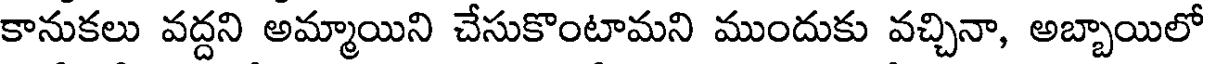
కానుకలు వద్దని అమ్మాయిని చేసుకొంటామని ముందుకు వచ్చినా, అబ్బాయిలో